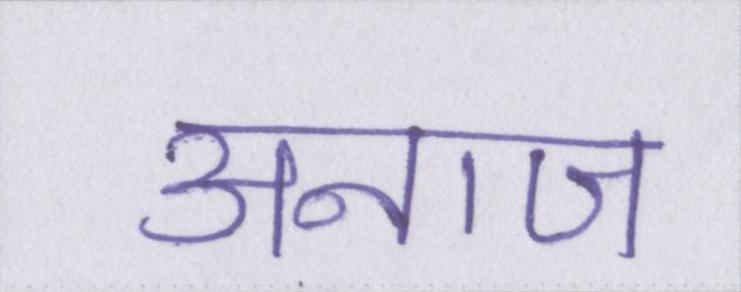
अनाज